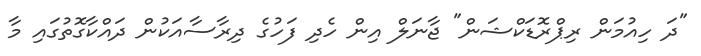
"ދަ ހިއުމަން ރިޕްރޮޑަކްޝަން" ޖާނަލް އިން ހެދި ފަހުގެ ދިރާސާއަކުން ދައްކާގޮތުގައި މާ